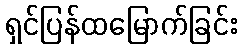
ရှင်ပြန်ထမြောက်ခြင်း